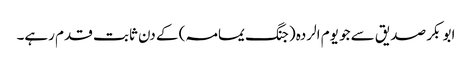
ابو بکر صدیق سے جو یوم الردہ (جنگ یمامہ) کے دن ثابت قدم رہے۔